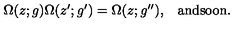
\begin{array} { c c } { \Omega ( z ; g ) \Omega ( z ^ { \prime } ; g ^ { \prime } ) = \Omega ( z ; g ^ { \prime \prime } ) , } & { \mathrm { a n d s o o n . } } \\ \end{array}